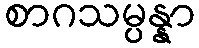
စာဂသမ္ပန္နာ